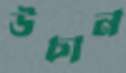
উচান